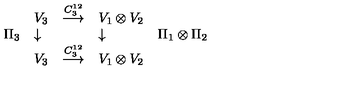
\begin{array} { l l c l l } { } & { V _ { 3 } } & { \stackrel { C _ { 3 } ^ { 1 2 } } { \longrightarrow } } & { V _ { 1 } \otimes V _ { 2 } } & { } \\ { \Pi _ { 3 } } & { \downarrow } & { } & { \downarrow } & { \Pi _ { 1 } \otimes \Pi _ { 2 } } \\ { } & { V _ { 3 } } & { \stackrel { C _ { 3 } ^ { 1 2 } } { \longrightarrow } } & { V _ { 1 } \otimes V _ { 2 } } & { } \\ \end{array}